Annual vaccination report of Bihar and Orissa - 1911-1928
Year: 1911
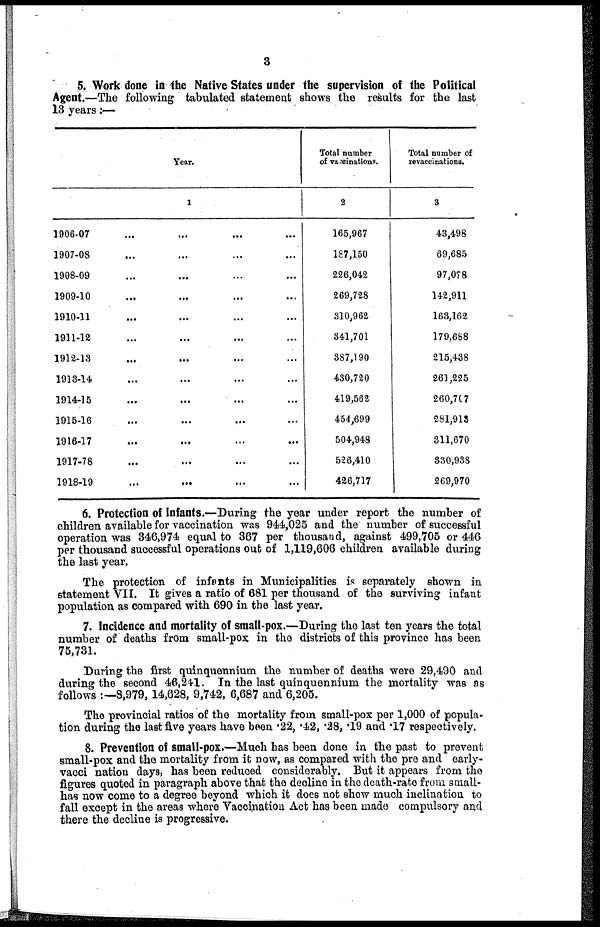
3
5. Work done in the Native States under the supervision of the Political
Agent.—The following tabulated statement shows the results for the last
13 years:—
Year.
1
1906-07... ... ...
1907-08... ... ...
1908-09... ... ...
1909-10... ... ...
1910-11... ... ...
1911-12... ... ...
1912-13...
...
...
1913-14... ... ...
1914-15... ... ...
1915-16...
...
...
1916-17... ... ...
1917-78...
...
...
1918-19... ... ...
Total number
of vaccinations.
2
165,967
187,150
226,042
269,728
810,962
341,701
387,190
430,720
419,562
454,699
504,948
526,410
426,717
Total number of
revaccinations.
3
43,498
69,685
97,078
142,911
163,162
179,688
215,438
261,225
260,767
281,913
311,670
330,938
269,970
6. Protection of Infants.—During the year under report the number of
children available for vaccination was 944,025 and the number of successful
operation was 346,974 equal to 367 per thousand, against 499,705 or 446
per thousand successful operations out of 1,119,606 children available during
the last year.
The protection of infants in Municipalities is separately shown in
statement VII. It gives a ratio of 681 per thousand of the surviving infant
population as compared with 690 in the last year.
7. Incidence and mortality of small-pox.—During the last ten years the total
number of deaths from small-pox in the districts of this province has been
75,731.
During the first quinquennium the number of deaths were 29,490 and
during the second 46,241. In the last quinquennium the mortality was as
follows :—8,979,14,628, 9,742, 6,687 and 6,205.
The provincial ratios of the mortality from small-pox per 1,000 of popula-
tion during the last five years have been .22, .42, .28, .19 and .17 respectively.
8. Prevention of small-pox.—Much has been done in the past to prevent
small-pox and the mortality from it now, as compared with the pre and early-
vaccination days, has been reduced considerably. But it appears from the
figures quoted in paragraph above that the decline in the death-rate from small-
has now come to a degree beyond which it does not show much inclination to
fall except in the areas where Vaccination Act has been made compulsory and
there the decline is progressive.